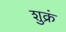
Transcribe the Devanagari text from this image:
शुक्रं